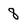
Character: 8